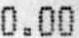
0.00